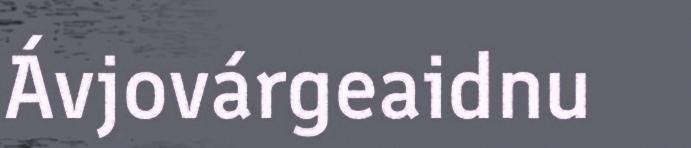
Ávjovárgeaidnu